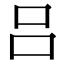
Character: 吕